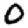
Digit: 0